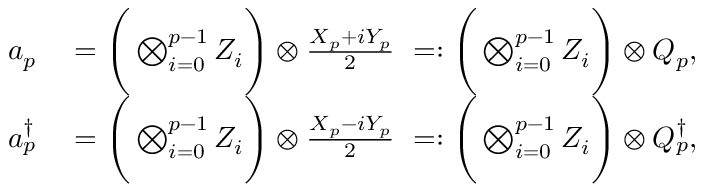
\begin{array} { r l } { a _ { p } } & { { } = \Bigg ( \bigotimes _ { i = 0 } ^ { p - 1 } Z _ { i } \Bigg ) \otimes \frac { X _ { p } + i Y _ { p } } { 2 } ~ = : \Bigg ( \bigotimes _ { i = 0 } ^ { p - 1 } Z _ { i } \Bigg ) \otimes Q _ { p } , } \\ { a _ { p } ^ { \dagger } { } } & { { } = \Bigg ( \bigotimes _ { i = 0 } ^ { p - 1 } Z _ { i } \Bigg ) \otimes \frac { X _ { p } - i Y _ { p } } { 2 } ~ = : \Bigg ( \bigotimes _ { i = 0 } ^ { p - 1 } Z _ { i } \Bigg ) \otimes Q _ { p } ^ { \dagger } { } , } \end{array}